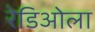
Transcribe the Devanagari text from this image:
रेडिओला